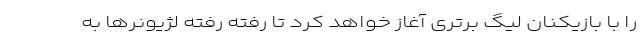
را با بازیکنان لیگ برتری آغاز خواهد کرد تا رفته رفته لژیونر‌ها به